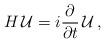
LaTeX: \begin{align*}H\, {\cal U} = i {\partial \over \partial t}\, {\cal U}\,,\end{align*}